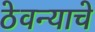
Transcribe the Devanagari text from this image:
ठेवन्याचे